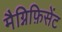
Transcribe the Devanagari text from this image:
मैग्निफ़िसेंट